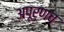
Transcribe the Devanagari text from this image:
अपूर्णच